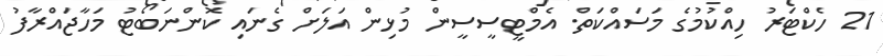
21 ހެކްޓަރު ހިއްކުމުގެ މަސައްކަތް. އެމްޓީސީސީން މުޅިން އަލަށް ގެނައި ކޮންނަބޯޓު މަހާޖައްރާފު